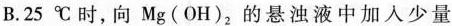
B.25℃时，向Mg(OH)_{2}，的悬浊液中加入少量：